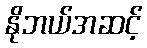
နိုဘယ်အဆင့်